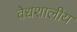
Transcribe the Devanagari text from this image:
वेधशालीय